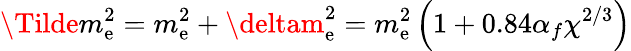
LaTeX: \Tilde{m}_{\mathrm{e}}^{2}=m_{\mathrm{e}}^{2}+\deltam_{\mathrm{e}}^{2}=m_{\mathrm{e}}^{2}\left(1+0.84\alpha_{f}\chi^{2/3}\right)